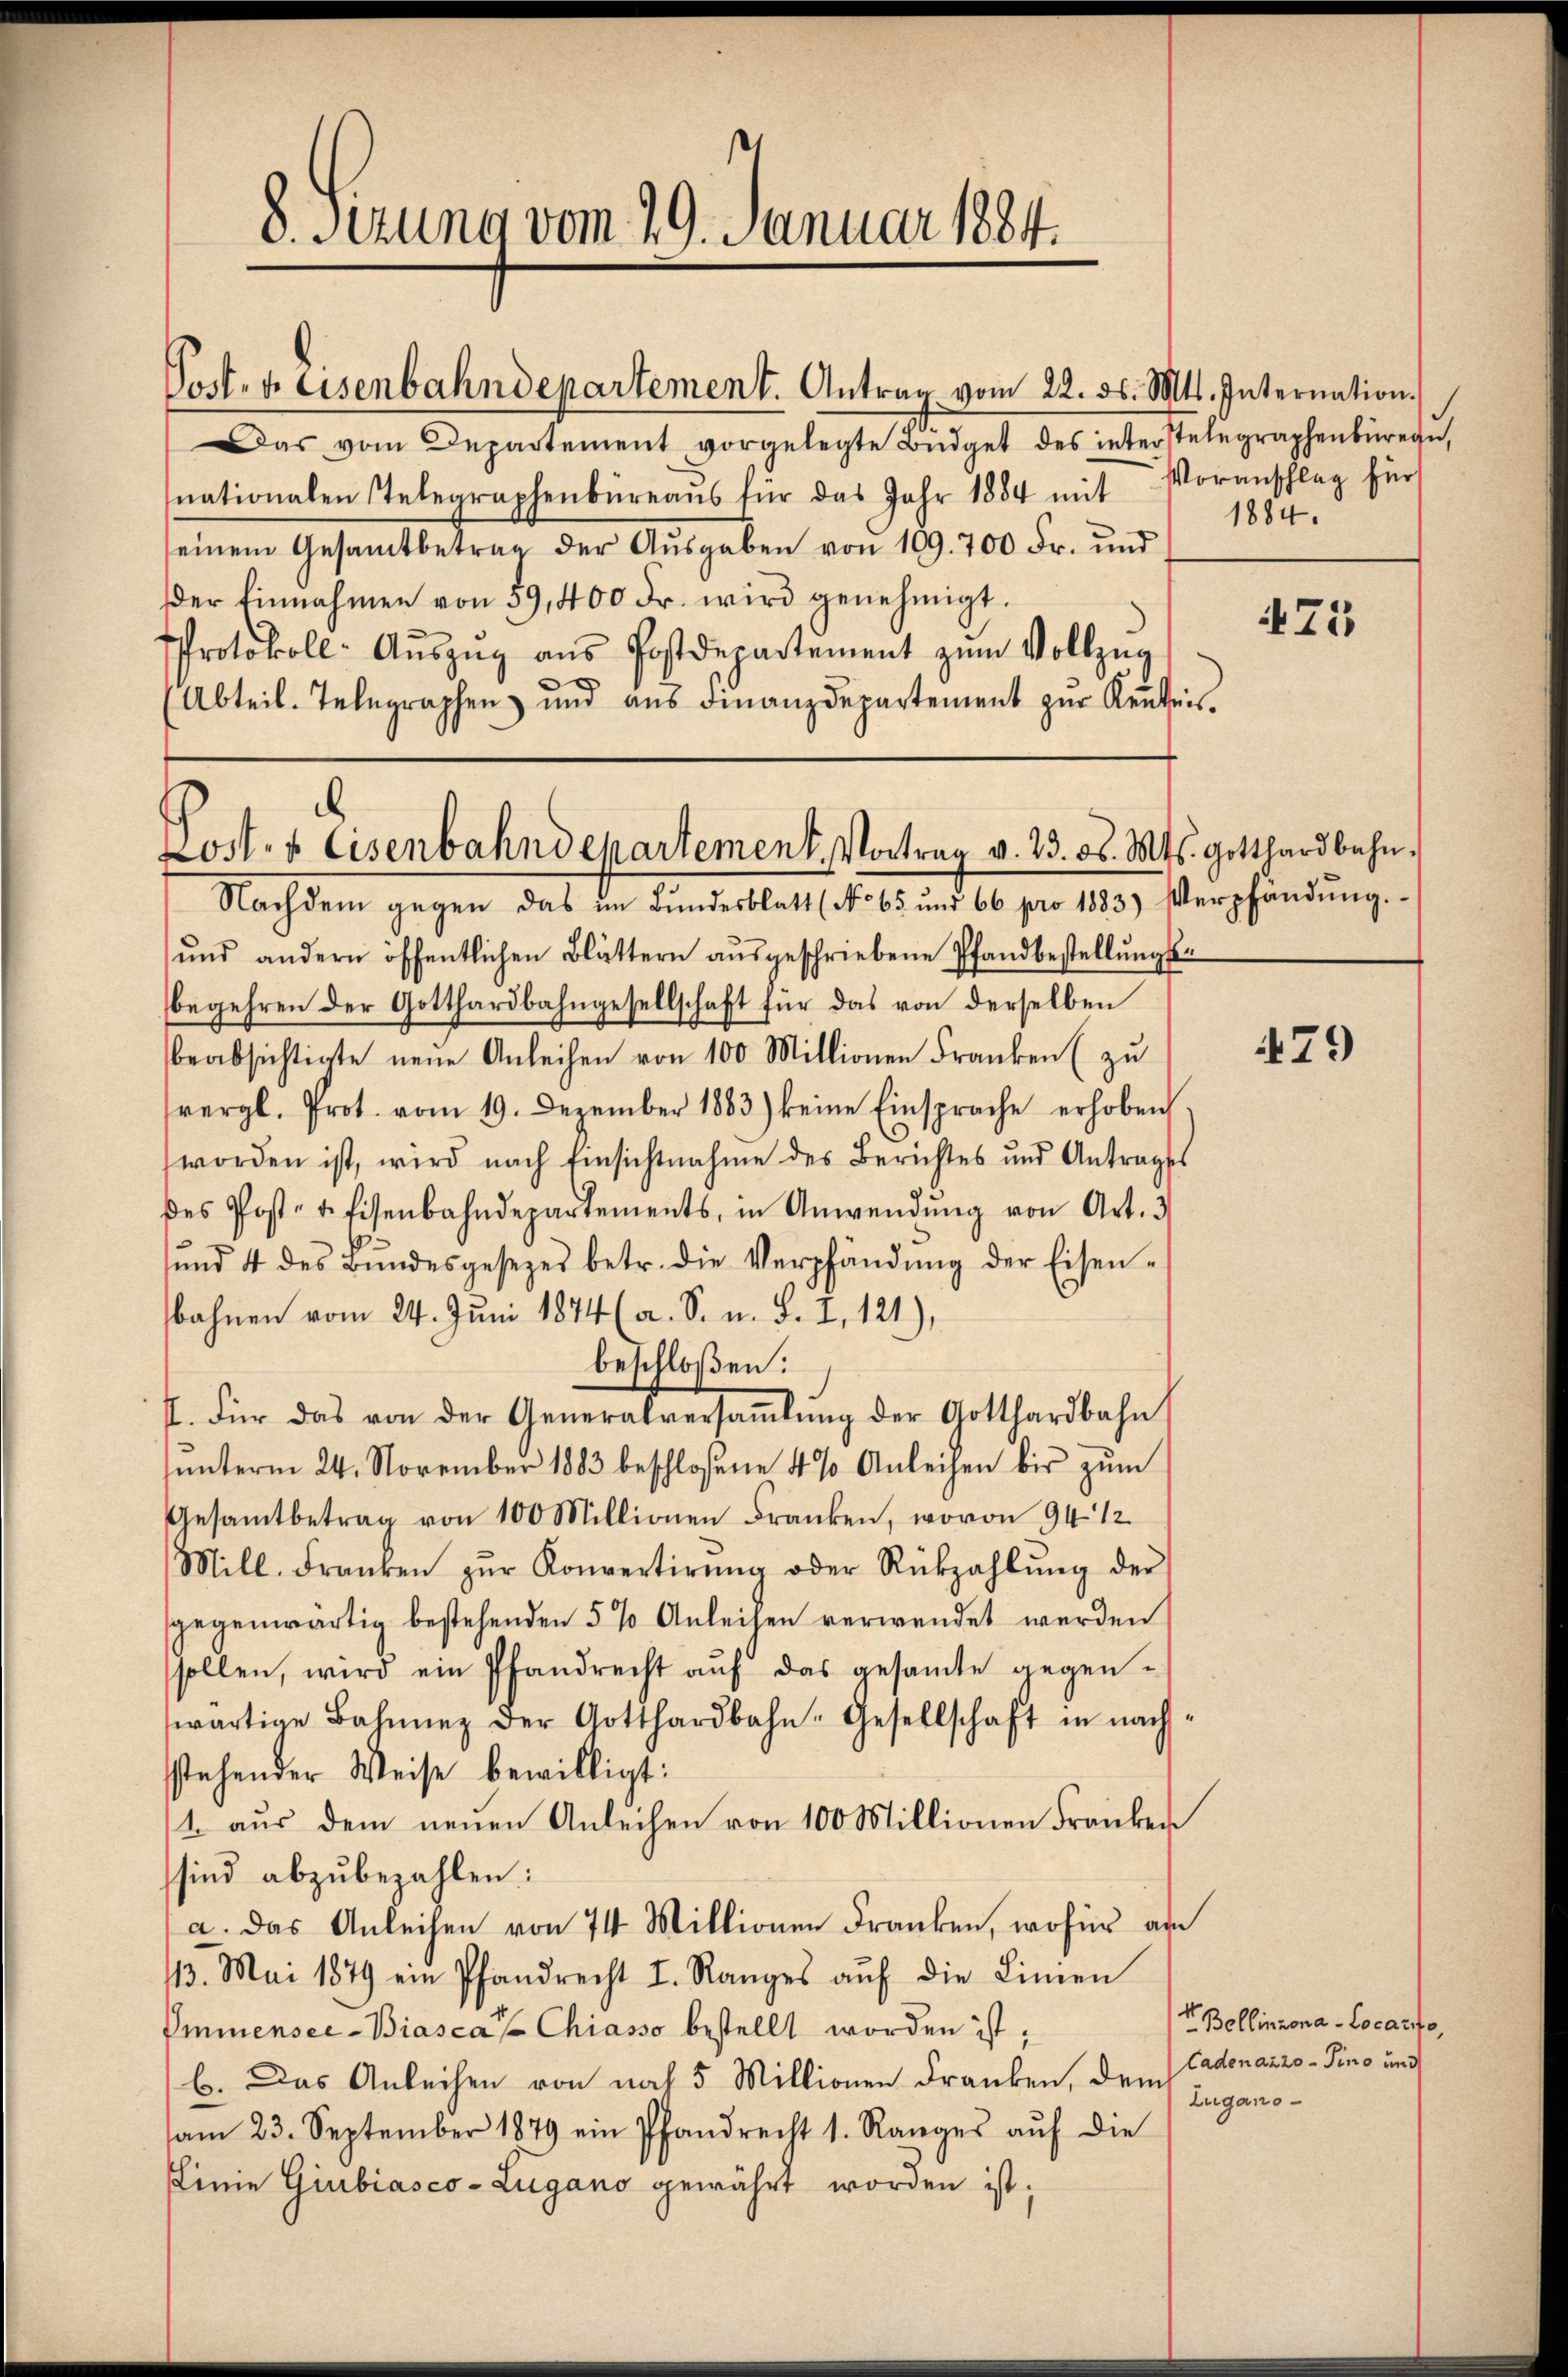
8. Sezung vom 29. Januar 1884.

Post- u. Eisenbahndepartement. Antrag vom 22. ds. Mts. Internation.

Das vom Departement vorgelegte Bŭdget des interstelegraphenbüreau,
nationalen Telegraphenbüreaŭs für das Jahr 1884 mit Voranschlag für
einem Gesamtbetrag der Aŭsgaben von 109. 700 Fr. und
er Einnahmen von 59,400 Fr. wird genehmigt.
Protokoll- Aŭszŭg ans Postdepartement zum Vollzug
Abteil. Telegraphen und aŭs Finanzdepartement zur Kenntnis.

Loster Eisenbahndepartement. Vortrag v. 23. ds. Mts. Gotthardbahn¬

Nachdem gegen das den Finderath d. 6. und 6 pro 1893. Verpfändung.
ŭnd andern öffentlichen Blättern aŭsgeschriebene Pfandbestellŭngs-
begehren der Gotthardbahngesellschaft für das von derselben
beabsichtigte neŭe Anleihen von 100 Millionen Franken (zu
vergl. Prot. vom 19. Dezember 1883) keine Einsprache erhoben
worden ist, wird nach Einsichtnahme des Berichtes und Antrages
des Post- & Eisenbahndepartements, in Anwendŭng von Art. 3
ŭnd 4 des Bŭndesgesezes betr. die Verpfändung der Eisen-
bahnen vom 24. Juni 1874 (a. S. u. S. I, 121),
beschloßen:
I. Für das von der Generalversaṁlŭng der Gotthardbahn
ŭnterm 24. November 1883 beschloßene 4 % Anleihen bis zŭm
Gesamtbetrag von 100 Millionen Franken, wovon 94 1/2
Mill. Franken zŭr Konvertirŭng oder Rückzahlŭng der
gegenwärtig bestehenden 5 % Anleihen verwendet werden
sollen, wird ein Pfandrecht aŭf das gesamte gegen-
wärtige Bahnnez der Gotthardbahn-Gesellschaft in nach-
sstehender Weise bewilligt:
1. aus dem neuen Anleihen von 100 Millionen Franken
sind abzubezahlen:
a. Das Anleihen von 74 Millionen Franken, wofür an
13. Mai 1879 ein Pfandrecht I. Ranges aŭf die Linien
Immensee-Biasca Chiasso bestellt worden ist;
b. Das Anleihen von nach 5 Millionen Franken, dem Cadonazzo-Pino und
am 23. September 1879 ein Pfandrecht 1. Ranges aŭf die
Linie Gürbiasco-Lugano gewährt worden ist;

1884.

471

479

E. Bollinzona -Locario,
Zugano